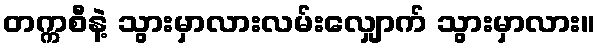
တက္ကစီနဲ့ သွားမှာလားလမ်းလျှောက် သွားမှာလား။